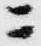
ニ